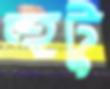
হুটু